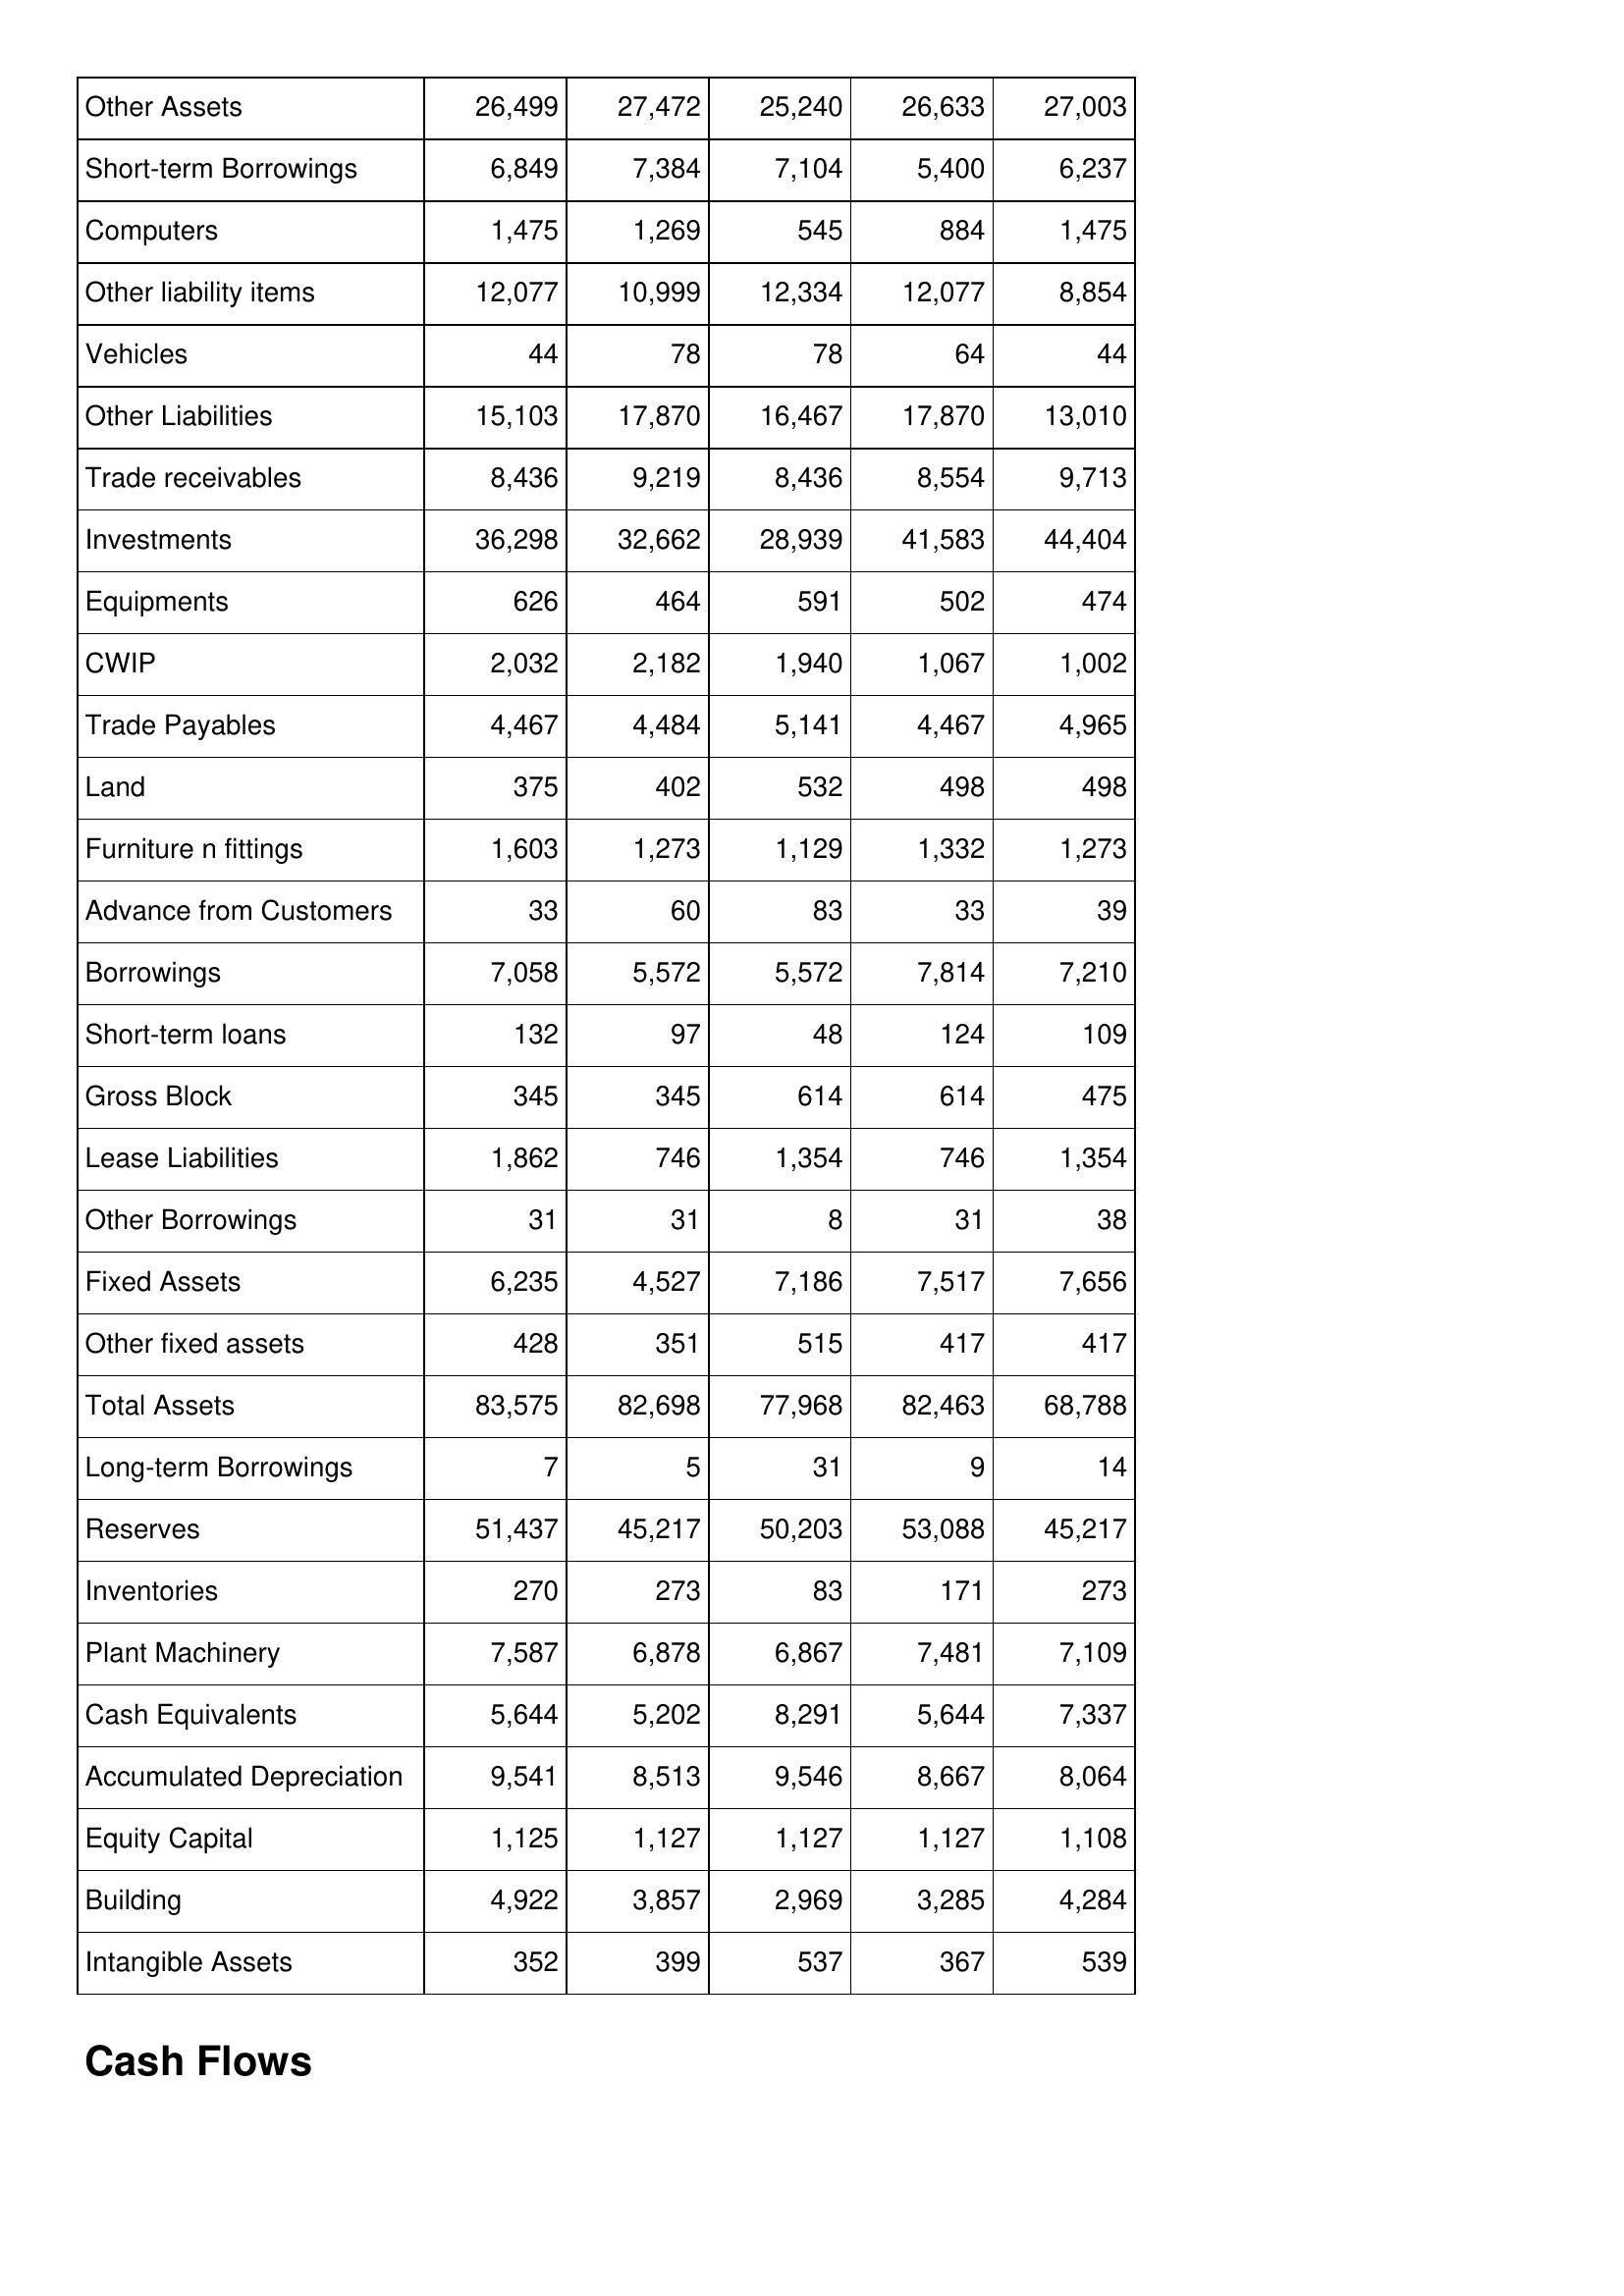
Mar-98: Balance Sheet: Other Assets: 26,499
Short-term Borrowings: 6,849
Computers: 1,475
Other liability items: 12,077
Vehicles: 44
Other Liabilities: 15,103
Trade receivables: 8,436
Investments: 36,298
Equipments: 626
CWIP: 2,032
Trade Payables: 4,467
Land: 375
Furniture n fittings: 1,603
Advance from Customers: 33
Borrowings: 7,058
Short-term loans: 132
Gross Block: 345
Lease Liabilities: 1,862
Other Borrowings: 31
Fixed Assets: 6,235
Other fixed assets: 428
Total Assets: 83,575
Long-term Borrowings: 7
Reserves: 51,437
Inventories: 270
Plant Machinery: 7,587
Cash Equivalents: 5,644
Accumulated Depreciation: 9,541
Equity Capital: 1,125
Building: 4,922
Intangible Assets: 352
Mar-97: Balance Sheet: Other Assets: 27,472
Short-term Borrowings: 7,384
Computers: 1,269
Other liability items: 10,999
Vehicles: 78
Other Liabilities: 17,870
Trade receivables: 9,219
Investments: 32,662
Equipments: 464
CWIP: 2,182
Trade Payables: 4,484
Land: 402
Furniture n fittings: 1,273
Advance from Customers: 60
Borrowings: 5,572
Short-term loans: 97
Gross Block: 345
Lease Liabilities: 746
Other Borrowings: 31
Fixed Assets: 4,527
Other fixed assets: 351
Total Assets: 82,698
Long-term Borrowings: 5
Reserves: 45,217
Inventories: 273
Plant Machinery: 6,878
Cash Equivalents: 5,202
Accumulated Depreciation: 8,513
Equity Capital: 1,127
Building: 3,857
Intangible Assets: 399
Mar-96: Balance Sheet: Other Assets: 25,240
Short-term Borrowings: 7,104
Computers: 545
Other liability items: 12,334
Vehicles: 78
Other Liabilities: 16,467
Trade receivables: 8,436
Investments: 28,939
Equipments: 591
CWIP: 1,940
Trade Payables: 5,141
Land: 532
Furniture n fittings: 1,129
Advance from Customers: 83
Borrowings: 5,572
Short-term loans: 48
Gross Block: 614
Lease Liabilities: 1,354
Other Borrowings: 8
Fixed Assets: 7,186
Other fixed assets: 515
Total Assets: 77,968
Long-term Borrowings: 31
Reserves: 50,203
Inventories: 83
Plant Machinery: 6,867
Cash Equivalents: 8,291
Accumulated Depreciation: 9,546
Equity Capital: 1,127
Building: 2,969
Intangible Assets: 537
Mar-95: Balance Sheet: Other Assets: 26,633
Short-term Borrowings: 5,400
Computers: 884
Other liability items: 12,077
Vehicles: 64
Other Liabilities: 17,870
Trade receivables: 8,554
Investments: 41,583
Equipments: 502
CWIP: 1,067
Trade Payables: 4,467
Land: 498
Furniture n fittings: 1,332
Advance from Customers: 33
Borrowings: 7,814
Short-term loans: 124
Gross Block: 614
Lease Liabilities: 746
Other Borrowings: 31
Fixed Assets: 7,517
Other fixed assets: 417
Total Assets: 82,463
Long-term Borrowings: 9
Reserves: 53,088
Inventories: 171
Plant Machinery: 7,481
Cash Equivalents: 5,644
Accumulated Depreciation: 8,667
Equity Capital: 1,127
Building: 3,285
Intangible Assets: 367
Mar-94: Balance Sheet: Other Assets: 27,003
Short-term Borrowings: 6,237
Computers: 1,475
Other liability items: 8,854
Vehicles: 44
Other Liabilities: 13,010
Trade receivables: 9,713
Investments: 44,404
Equipments: 474
CWIP: 1,002
Trade Payables: 4,965
Land: 498
Furniture n fittings: 1,273
Advance from Customers: 39
Borrowings: 7,210
Short-term loans: 109
Gross Block: 475
Lease Liabilities: 1,354
Other Borrowings: 38
Fixed Assets: 7,656
Other fixed assets: 417
Total Assets: 68,788
Long-term Borrowings: 14
Reserves: 45,217
Inventories: 273
Plant Machinery: 7,109
Cash Equivalents: 7,337
Accumulated Depreciation: 8,064
Equity Capital: 1,108
Building: 4,284
Intangible Assets: 539